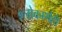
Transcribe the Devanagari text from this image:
श्लोकार्थही